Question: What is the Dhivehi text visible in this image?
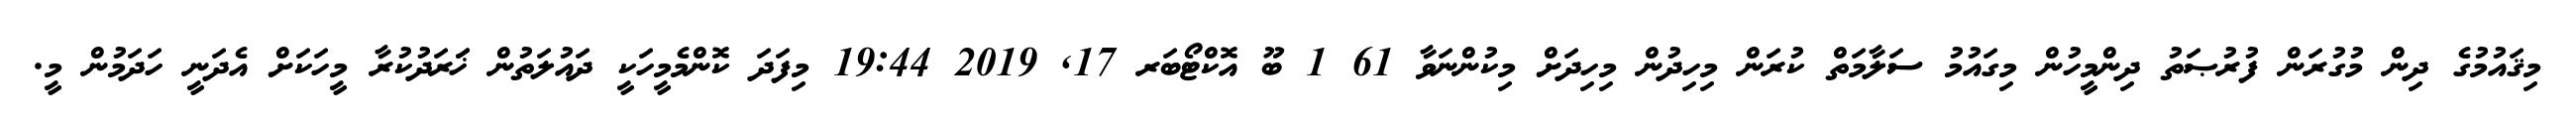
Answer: މިޤައުމުގެ ދިން މުގުރަން ފުރުޞަތު ދިންމީހުން މިގައުމު ސަލާމަތް ކުރަން މިހިދުން މިހިދަށް މިކުންނަވާ 61 1 ބޫ އޮކްޓޯބަރ 17, 2019 19:44 މިފަދަ ކޮންމެމީހަކީ ދައުލަތުން ޚަަރަދުކުރާ މީހަކަށް އެދަނީ ހަދަމުން މީ.